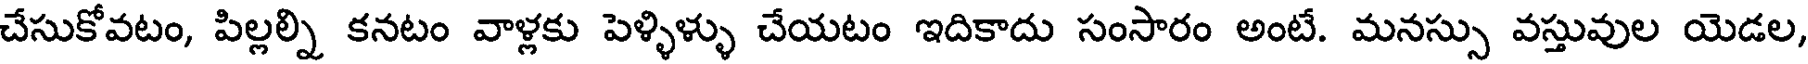
చేసుకోవటం, పిల్లల్ని కనటం వాళ్లకు పెళ్ళిళ్ళు చేయటం ఇదికాదు సంసారం అంటే. మనస్సు వస్తువుల యెడల,